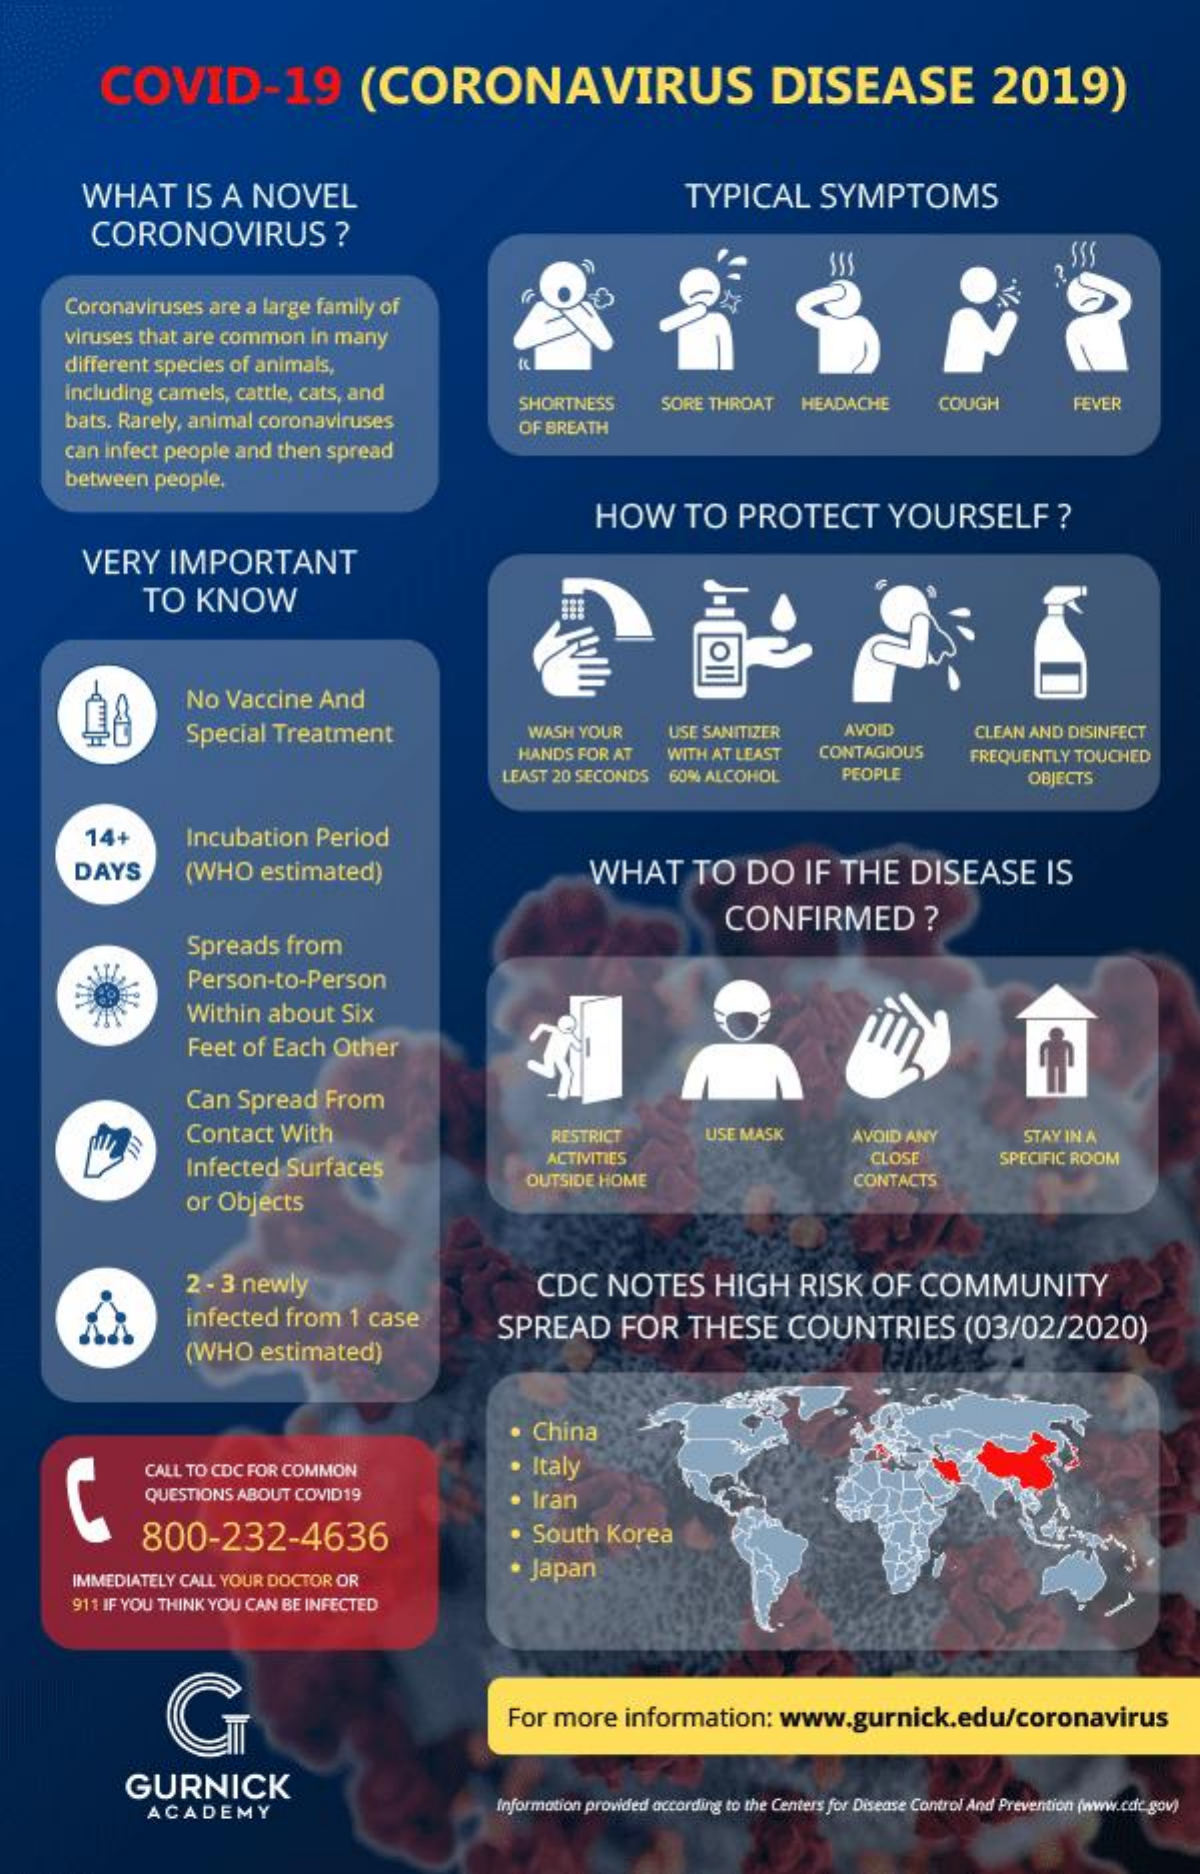
COVID-19    (CORONAVIRUS    DISEASE    2019)
     WHAT    IS A  NOVEL    TYPICAL    SYMPTOMS
     CORONOVIRUS    ?
     SSS
     Coronaviruses are a large family of
     viruses that are common in many
     different species of animals,
     including camels, cattle, cats, and
     bats. Rarely, animal coronaviruses
     SHORTNESS    SORE THROAT HEADACHE    COUGH    FEVER
     can infect people and then spread
     OF BREATH
     between people.
     HOW    TO   PROTECT    YOURSELF    ?
     VERY   IMPORTANT
     TO  KNOW
     No  Vaccine And
     Special Treatment    WASH YOUR   USE SANITIZER  AVOID
     HANDS FOR AT WITH AT LEAST CONTAGIOUS
     CLEAN AND DISINFECT
     LEAST 20 SECONDS 60% ALCOHOL
     FREQUENTLY TOUCHED
     PEOPLE    OBJECTS
     14+    Incubation Period
     DAYS    (WHO   estimated)    WHAT    TO  DO    IF THE   DISEASE    IS
     Spreads from
     CONFIRMED    ?
     Person-to-Person
     Within about Six
     Feet of Each Other
     Can Spread From
     Contact With    RESTRICT    USE MASK    AVOID ANY    STAY IN A
     Infected Surfaces    ACTIVITIES    CLOSE    SPECIFIC ROOM
     or Objects
     OUTSIDE HOME    CONTACTS
     2 - 3 newly    CDC   NOTES    HIGH   RISK   OF  COMMUNITY
     infected from  1 case    SPREAD    FOR   THESE   COUNTRIES    (03/02/2020)
     (WHO   estimated)
     China
     CALL TO CDC FOR COMMON    · Italy
     QUESTIONS ABOUT COVID19    Iran
     800-232-4636    South Korea
     IMMEDIATELY CALL YOUR DOCTOR OR    · Japan
     911 IF YOU THINK YOU CAN BE INFECTED
     For more  information:  www.gurnick.edu/coronavirus
     GURNICK
     ACADEMY    Information provided according to the Centers for Disease Control And Prevention (www.cdt.gov)